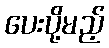
ပေးပို့မည့်